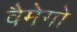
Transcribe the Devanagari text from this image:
वैमेगो